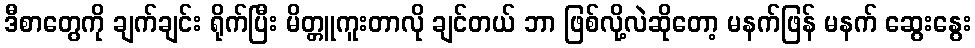
ဒီစာတွေကို ချက်ချင်း ရိုက်ပြီး မိတ္တူကူးတာလို ချင်တယ် ဘာ ဖြစ်လို့လဲဆိုတော့ မနက်ဖြန် မနက် ဆွေးနွေး